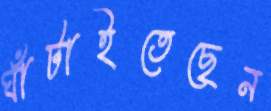
ঘাঁটাইতেছেন